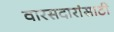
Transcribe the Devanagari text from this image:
वारसदारांसाठी